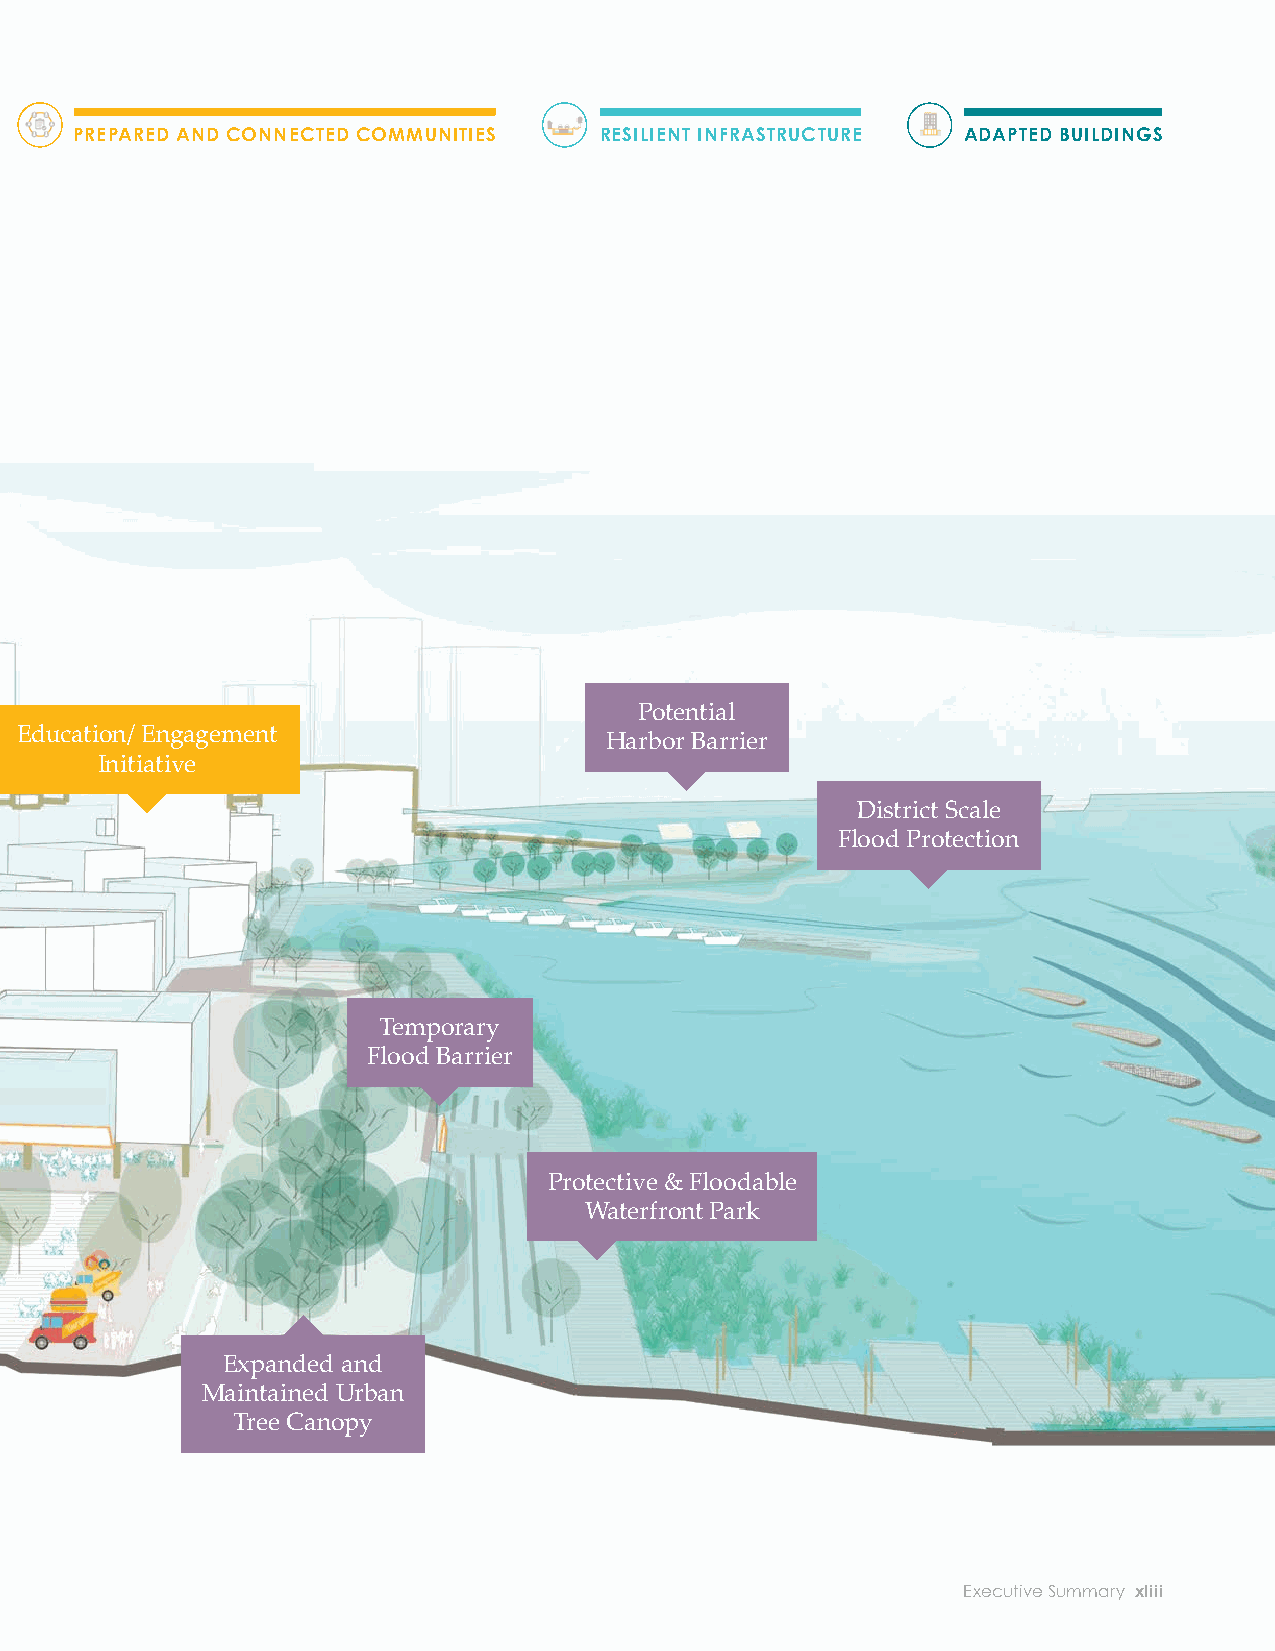
ADAPTING TO CLIMATE CHANGE
 PPRROOTTEECCTTEEDD SSHHOORREESS PREPARED AND CONNECTED COMMUNITIES RESILIENT INFRASTRUCTURE ADAPTED BUILDINGS
 Climate-ready Zoning
 Solar Panels &                            Potential
 EEdduuccaattiioonn// EEnnggaaggeemmeenntt
 District Microgrids                     Harbor Barrier
 IInniittiiaattiivvee
 District Scale
 Flood Protection
 Adaption as a
 Tool for Economic
 Development
 Elevated
 Mechanical Systems
 Small Business
 Temporary
 Preparedness Program
 Flood Barrier
 Resilient
 Building Design
 Elevated First Floor                Protective & Floodable
 Waterfront Park
 Expanded and
 Maintained Urban
 Green          Tree Canopy
 Infrastructure
 Bioswale
 xlii City of Boston: Climate Ready Boston                       Executive Summary xliii